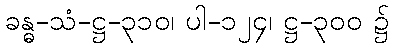
ခန္ဓ-သံ-ဋ္ဌ-၃၁၀၊ ပါ-၁၂၄၊ ဋ္ဌ-၃၀၀ ၌